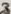
Text: 3